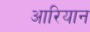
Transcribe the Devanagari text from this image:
आरियान